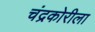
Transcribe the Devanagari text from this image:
चंद्रकोरीला